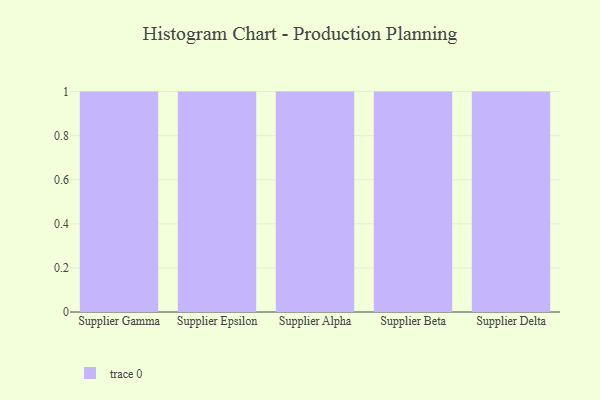
{"axis": {"x": "Supplier", "y": "Gross Profit (USD K)"}, "legend": [""], "data": [{"x": "Supplier Gamma", "y": 83, "type": ""}, {"x": "Supplier Epsilon", "y": 75, "type": ""}, {"x": "Supplier Alpha", "y": 93, "type": ""}, {"x": "Supplier Beta", "y": 53, "type": ""}, {"x": "Supplier Delta", "y": 54, "type": ""}]}